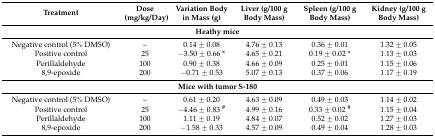
| Treatment | Dose (mg/kg/Day) | Variation Body in Mass (g) | Liver (g/100 g Body Mass) | Spleen (g/100 g Body Mass) | Kidney (g/100 g Body Mass) |
 | --- | --- | --- | --- | --- | --- |
 | <COLSPAN=6> Heathy mice |
 | Negative control (5% DMSO) | – | 0.14 ± 0.08 | 4.76 ± 0.13 | 0.36 ± 0.01 | 1.32 ± 0.05 |
 | Positive control | 25 | −3.50 ± 0.66 * | 4.65 ± 0.21 | 0.19 ± 0.02 * | 1.13 ± 0.03 |
 | Perillaldehyde | 100 | 0.90 ± 0.38 | 4.66 ± 0.09 | 0.25 ± 0.01 | 1.15 ± 0.06 |
 | 8,9-epoxide | 200 | −0.71 ± 0.53 | 5.07 ± 0.13 | 0.37 ± 0.06 | 1.17 ± 0.19 |
 | <COLSPAN=6> Mice with tumor S-180 |
 | Negative control (5% DMSO) | – | 0.61 ± 0.20 | 4.63 ± 0.09 | 0.49 ± 0.03 | 1.14 ± 0.02 |
 | Positive control | 25 | −4.46 ± 0.83 # | 4.99 ± 0.16 | 0.33 ± 0.02 # | 1.15 ± 0.04 |
 | Perillaldehyde | 100 | 1.11 ± 0.19 | 4.84 ± 0.07 | 0.52 ± 0.02 | 1.27 ± 0.03 |
 | 8,9-epoxide | 200 | −1.58 ± 0.33 | 4.57 ± 0.09 | 0.49 ± 0.04 | 1.28 ± 0.03 |